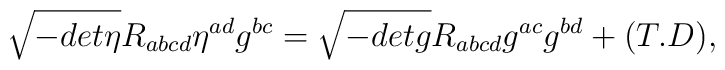
\sqrt{-det\eta}R_{abcd}\eta^{ad}g^{bc}=\sqrt{-detg}R_{abcd}g^{ac}g^{bd}+(T.D),